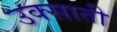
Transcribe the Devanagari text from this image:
उक्साती